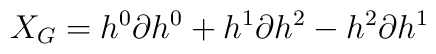
X_G=h^0\partial{h^0}+h^1\partial{h^2}-h^2\partial{h^1}